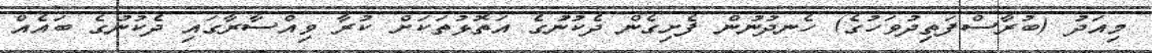
މިއަދު (ބުރާސްފަތިދުވަހުގެ) ހެނދުނުން ފެށިގެން ދެކުނުގެ އަތޮޅުތަކަށް ކުރާ ވިއްސާރާގައި ދެކުނުގެ ބައެއް